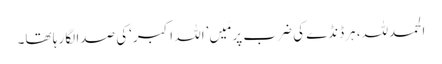
الحمدللہ، ہرڈنڈے کی ضرب پر مَیں’اللہ اکبر‘کی صدا لگا رہا تھا۔